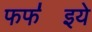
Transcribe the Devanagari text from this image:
फफ॑इये